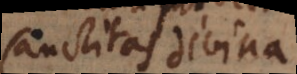
sanctitati divinae